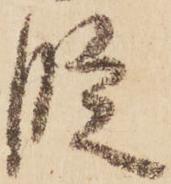
段